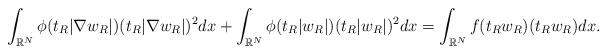
LaTeX: \begin{align*} \int_{\mathbb{R}^N}\phi(t_R|\nabla w_R|)(t_R|\nabla w_R|)^2dx+\int_{\mathbb{R}^N}\phi(t_R|w_R|)(t_R|w_R|)^2 dx=\int_{\mathbb{R}^N}f(t_Rw_R)(t_Rw_R) dx.\end{align*}